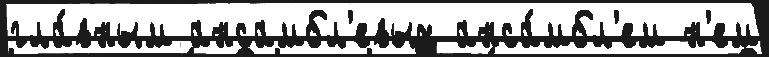
гла́вным ансамбл'евых анса́мбл'ем н'ем